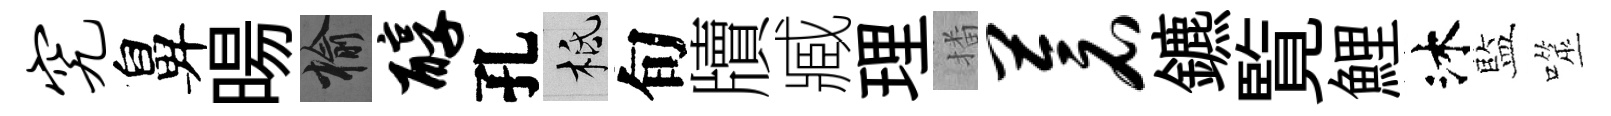
究鼻暘榆醇孔柢旬牘臧理播苍鑣覧鯉沐藍噬